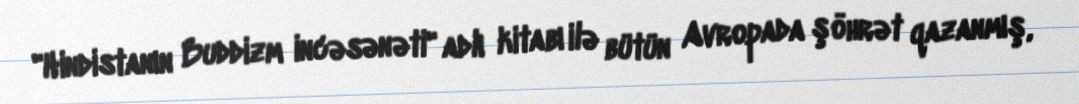
"Hindistanın Buddizm incəsənəti" adlı kitabı ilə bütün Avropada şöhrət qazanmış,